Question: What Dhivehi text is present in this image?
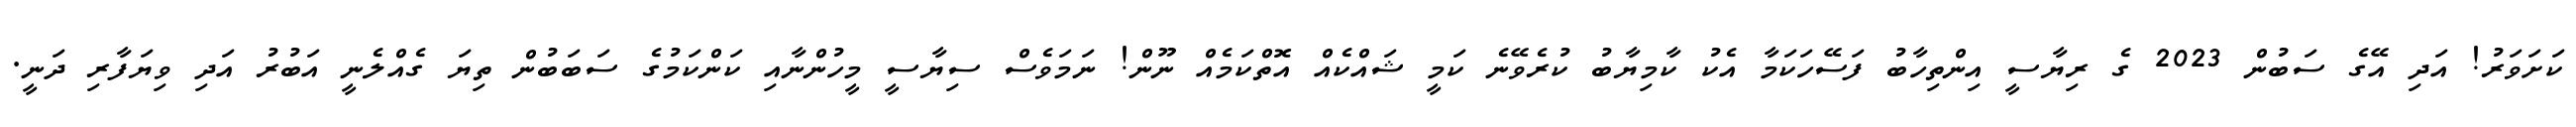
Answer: ކަށަވަރު! އަދި އޭގެ ސަބުން 2023 ގެ ރިޔާސީ އިންތިހާބު ފަސޭހަކަމާ އެކު ކާމިޔާބު ކުރެވޭނެ ކަމީ ޝައްކެއް އޮތްކަމެއް ނޫން! ނަމަވެސް ސިޔާސީ މީހުންނާއި ކަންކަމުގެ ސަބަބުން ތިޔަ ގެއްލެނީ އަބުރު އަދި ވިޔަފާރި ދަނީ.